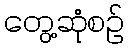
တွေ့ဆုံစဉ်